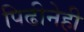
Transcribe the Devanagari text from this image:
पिढीनेही